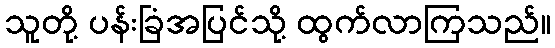
သူတို့ ပန်းခြံအပြင်သို့ ထွက်လာကြသည်။